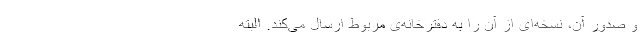
و صدور آن، نسخه‌ای از آن را به دفترخانه‌ی مربوط ارسال می‌کند. البته